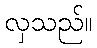
လှသည်။